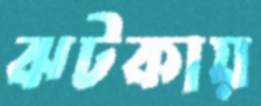
ঝটকায়